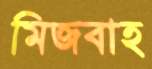
মিজবাহ